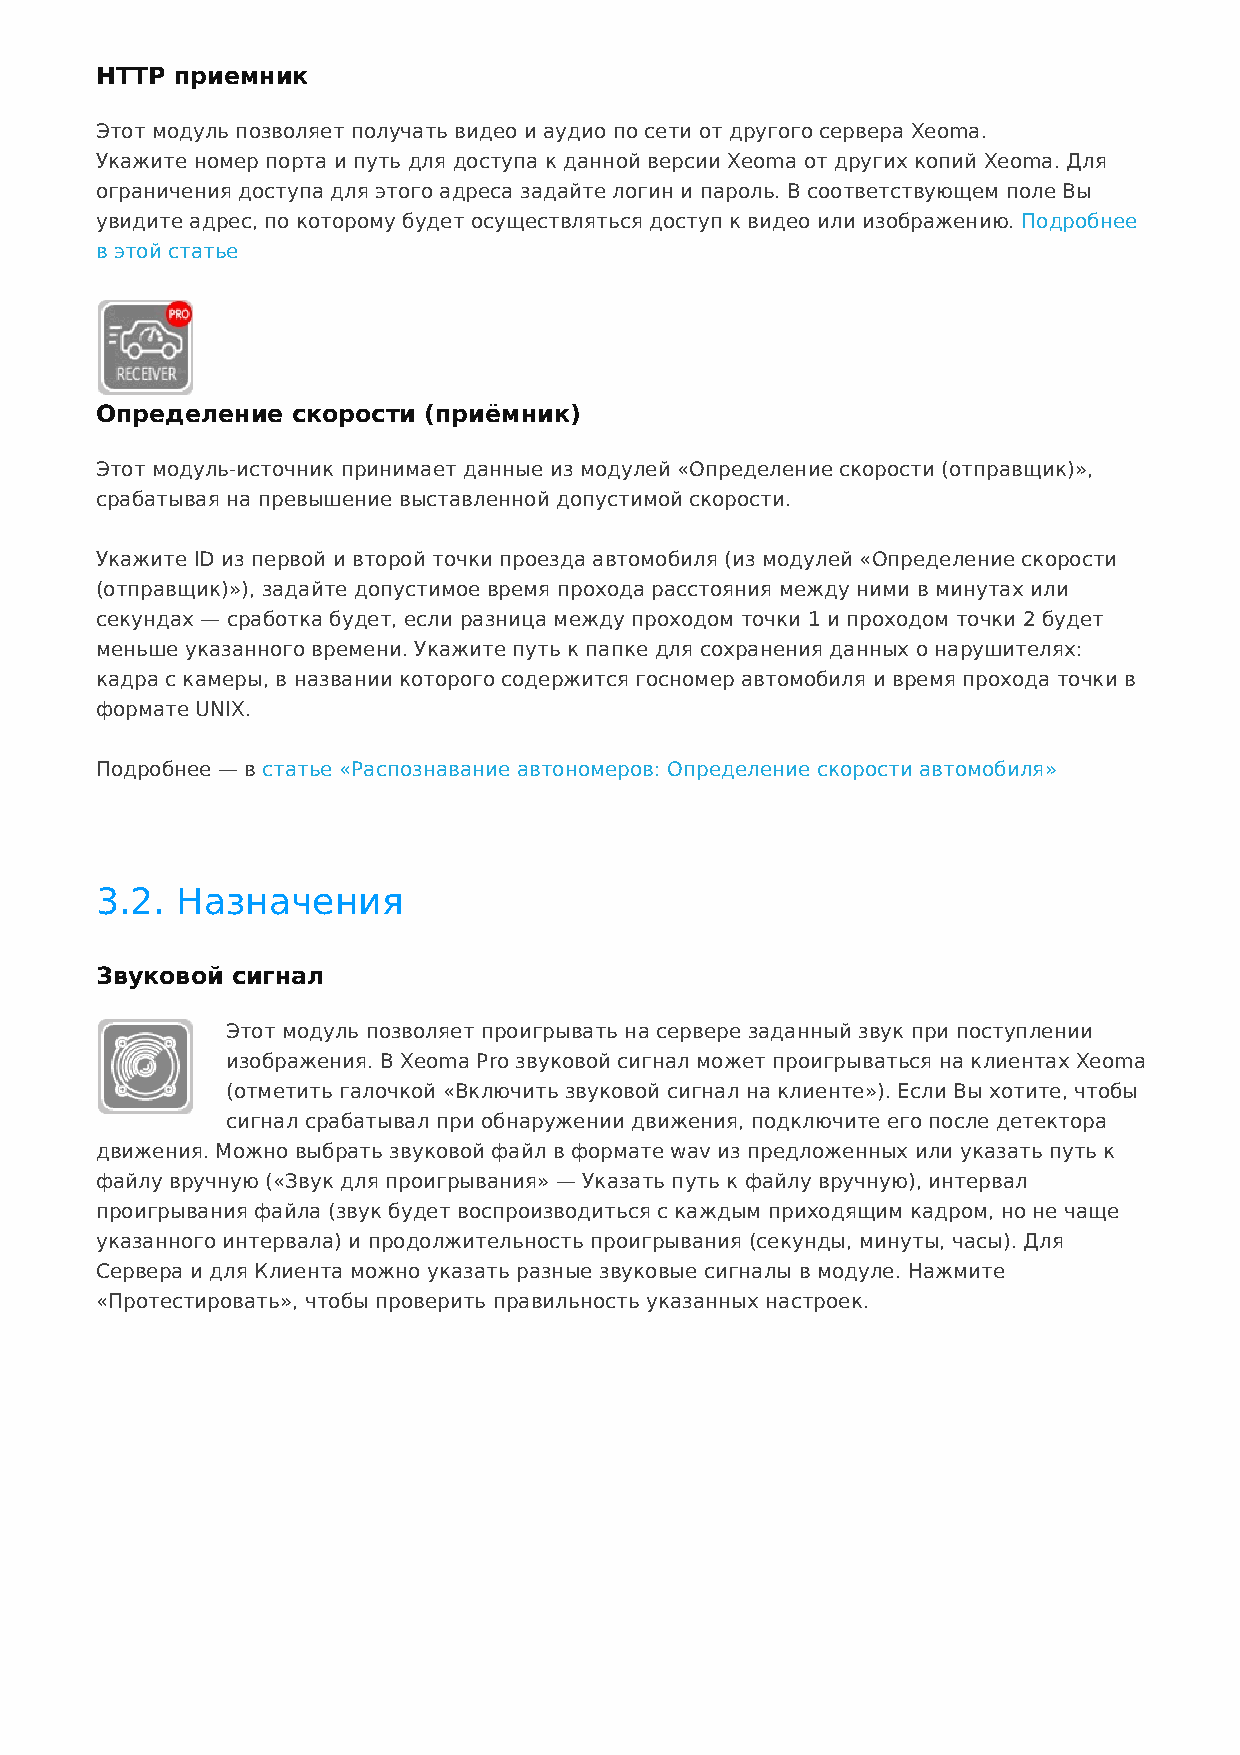
HTTP приемник
 Этот модуль позволяет получать видео и аудио по сети от другого сервера Xeoma.
 Укажите номер порта и путь для доступа к данной версии Xeoma от других копий Xeoma. Для
 ограничения доступа для этого адреса задайте логин и пароль. В соответствующем поле Вы
 увидите адрес, по которому будет осуществляться доступ к видео или изображению. Подробнее
 в этой статье
 Определение  скорости (приёмник)
 Этот модуль-источник принимает данные из модулей «Определение скорости (отправщик)»,
 срабатывая на превышение выставленной допустимой скорости.
 Укажите ID из первой и второй точки проезда автомобиля (из модулей «Определение скорости
 (отправщик)»), задайте допустимое время прохода расстояния между ними в минутах или
 секундах — сработка будет, если разница между проходом точки 1 и проходом точки 2 будет
 меньше указанного времени. Укажите путь к папке для сохранения данных о нарушителях:
 кадра c камеры, в названии которого содержится госномер автомобиля и время прохода точки в
 формате UNIX.
 Подробнее — в статье «Распознавание автономеров: Определение скорости автомобиля»
 3.2.  Назначения
 Звуковой сигнал
 Этот модуль позволяет проигрывать на сервере заданный звук при поступлении
 изображения. В Xeoma Pro звуковой сигнал может проигрываться на клиентах Xeoma
 (отметить галочкой «Включить звуковой сигнал на клиенте»). Если Вы хотите, чтобы
 сигнал срабатывал при обнаружении движения, подключите его после детектора
 движения. Можно выбрать звуковой файл в формате wav из предложенных или указать путь к
 файлу вручную («Звук для проигрывания» — Указать путь к файлу вручную), интервал
 проигрывания файла (звук будет воспроизводиться с каждым приходящим кадром, но не чаще
 указанного интервала) и продолжительность проигрывания (секунды, минуты, часы). Для
 Сервера и для Клиента можно указать разные звуковые сигналы в модуле. Нажмите
 «Протестировать», чтобы проверить правильность указанных настроек.